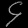
Digit: ၄